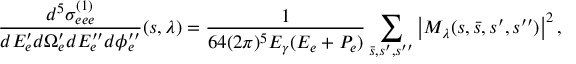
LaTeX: \frac { d ^ { 5 } \sigma _ { e e e } ^ { ( 1 ) } } { d E _ { e } ^ { \prime } d \Omega _ { e } ^ { \prime } d E _ { e } ^ { \prime \prime } d \phi _ { e } ^ { \prime \prime } } ( s , \lambda ) = \frac { 1 } { 6 4 ( 2 \pi ) ^ { 5 } E _ { \gamma } ( E _ { e } + P _ { e } ) } \sum _ { \bar { s } , s ^ { \prime } , s ^ { \prime \prime } } \left| { \cal M } _ { \lambda } ( s , \bar { s } , s ^ { \prime } , s ^ { \prime \prime } ) \right| ^ { 2 } ,